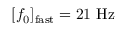
[ f _ { 0 } ] _ { \mathrm { f a s t } } = 2 1 \ \mathrm { H z }